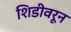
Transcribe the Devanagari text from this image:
शिडीवरून